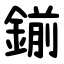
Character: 鎆